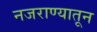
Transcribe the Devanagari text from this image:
नजराण्यातून